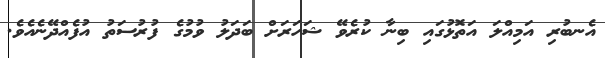
އެނބުރި އަމިއްލަ އަތޮޅުގައި ބިނާ ކުރެވޭ ޝަހަރަށް ބަދަލު ވުމުގެ ފުރުސަތު އުފެއްދޭނެއެވެ.